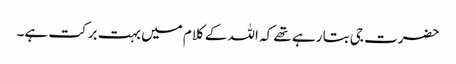
حضرت جی بتا رہے تھے کہ اللہ کے کلام میں بہت برکت ہے۔